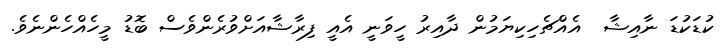
ކުޑަކުޑަ ނާއިޝާ  އެއްޗެހިކިޔަމުން ދާއިރު ހީވަނީ އެއީ ފިރާޝާއަށްވުރެންވެސް ބޮޑު މީހެއްހެންނެވެ.